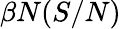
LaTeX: \beta N(S/N)